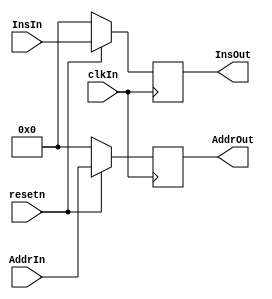
`timescale 1ns / 1ps
//////////////////////////////////////////////////////////////////////////////////
// Company: 
// Engineer: 
// 
// Design Name: 
// Module Name: IFIDReg
// Project Name: 
// Target Devices: 
// Tool Versions: 
// Description: 
// 
// Dependencies: 
// 
// Revision:
// Revision 0.01 - File Created
// Additional Comments:
// 
//////////////////////////////////////////////////////////////////////////////////


module IFIDReg(clkIn,resetn,AddrIn,AddrOut,InsIn,InsOut);
input clkIn;
input resetn;
input [31:0]AddrIn;
input [31:0]InsIn;
output reg [31:0] AddrOut;
output reg [31:0] InsOut;

always @(posedge clkIn) begin
   if(~resetn)begin
      InsOut<=32'b0;
      AddrOut<=32'b0;
   end
   else begin
       AddrOut<=AddrIn;
       InsOut<=InsIn;
   end
end

endmodule